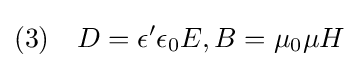
(3)\quad D=\epsilon '\epsilon _{0}E,B=\mu _{0}\mu H